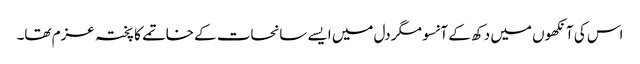
اس کی آنکھوں میں دکھ کے آنسو مگر دل میں ایسے سانحات کے خاتمے کا پختہ عزم تھا۔